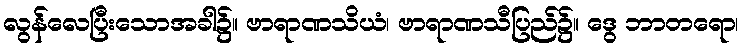
လွန်လေပြီးသောအခါ၌။ ဗာရာဏသိယံ၊ ဗာရာဏသီပြည်၌။ ဒွေ ဘာတရော၊